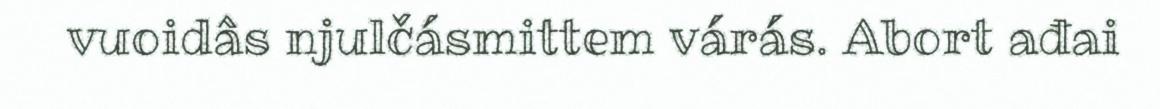
vuoidâs njulčásmittem várás. Abort ađai